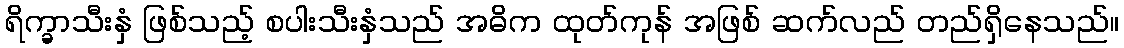
ရိက္ခာသီးနှံ ဖြစ်သည့် စပါးသီးနှံသည် အဓိက ထုတ်ကုန် အဖြစ် ဆက်လည် တည်ရှိနေသည်။